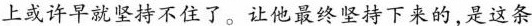
上或许早就坚持不住了。让他最终坚持下来的，是这条